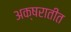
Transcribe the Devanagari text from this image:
अक्षरातीत